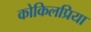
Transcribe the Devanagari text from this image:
कोकिलप्रिया